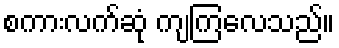
စကားလက်ဆုံ ကျကြလေသည်။